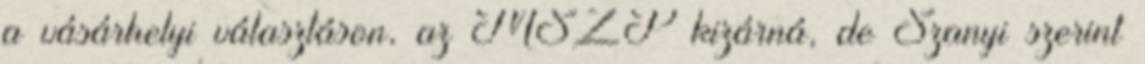
a vásárhelyi választáson, az MSZP kizárná, de Szanyi szerint